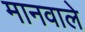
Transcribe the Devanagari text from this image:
मानवाले